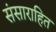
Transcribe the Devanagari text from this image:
संसाराहित